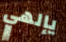
يإلهي